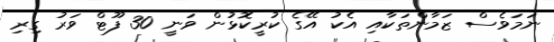
ނަމަވެސް ޒަމާންތަކާއި އެކު އޭގެ ކުރީކޮޅުން ވަނީ 30 ފޫޓް ވަރު ގިރި